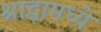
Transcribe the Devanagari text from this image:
श्राद्धामध्ये